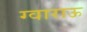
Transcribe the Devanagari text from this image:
ग्वाराऊ